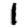
Digit: 1